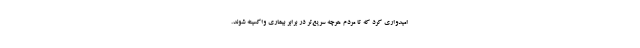
امیدواری کرد که تا مردم هرچه سریع‌تر در برابر بیماری واکسینه شوند.